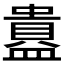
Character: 𬐲